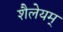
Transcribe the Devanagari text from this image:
शैलेयम्